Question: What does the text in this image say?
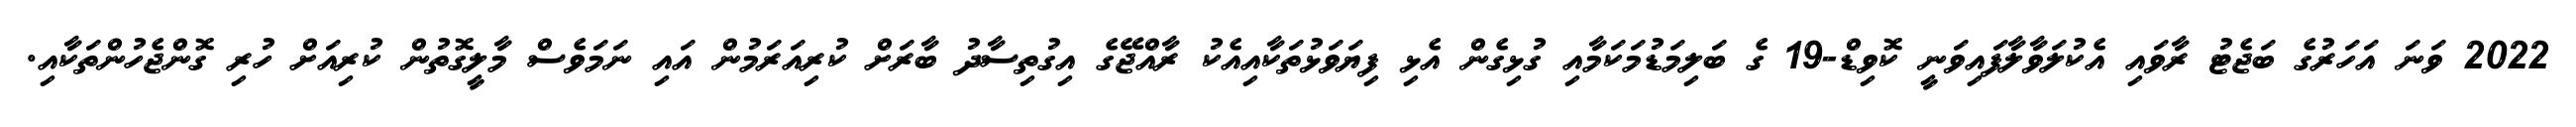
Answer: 2022 ވަނަ އަހަރުގެ ބަޖެޓު ރާވައި އެކުލަވާލާފައިވަނީ ކޮވިޑް-19 ގެ ބަލިމަޑުމަކަމާއި ގުޅިގެން އެޅި ފިޔަވަޅުތަކާއިއެކު ރާއްޖޭގެ އިގުތިސާދު ބާރަށް ކުރިއަރަމުން އައި ނަމަވެސް މާލީގޮތުން ކުރިއަށް ހުރި ގޮންޖެހުންތަކާއި.